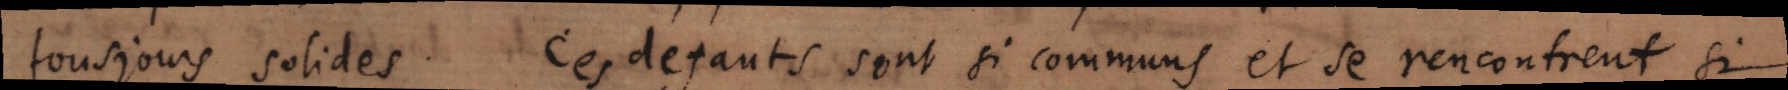
tousjours solides. Ces defauts sont si communs et se rencontrent si